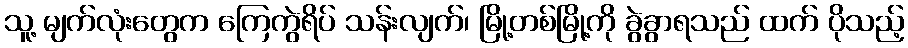
သူ့ မျက်လုံးတွေက ကြေကွဲရိပ် သန်းလျက်၊ မြို့တစ်မြို့ကို ခွဲခွာရသည် ထက် ပိုသည့်